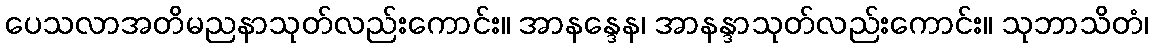
ပေသလာအတိမညနာသုတ်လည်းကောင်း။ အာနန္ဒေန၊ အာနန္ဒာသုတ်လည်းကောင်း။ သုဘာသိတံ၊